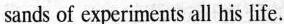
sands of experiments all his life.